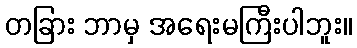
တခြား ဘာမှ အရေးမကြီးပါဘူး။